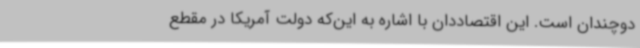
دوچندان است. این اقتصاددان با اشاره به این‌که دولت آمریکا در مقطع